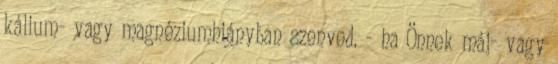
kálium- vagy magnéziumhiányban szenved. - ha Önnek máj- vagy